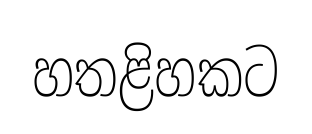
හතළිහකට